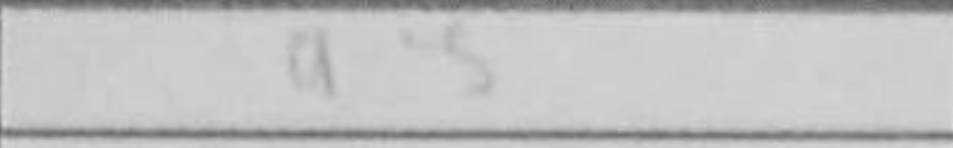
Transcription: a3